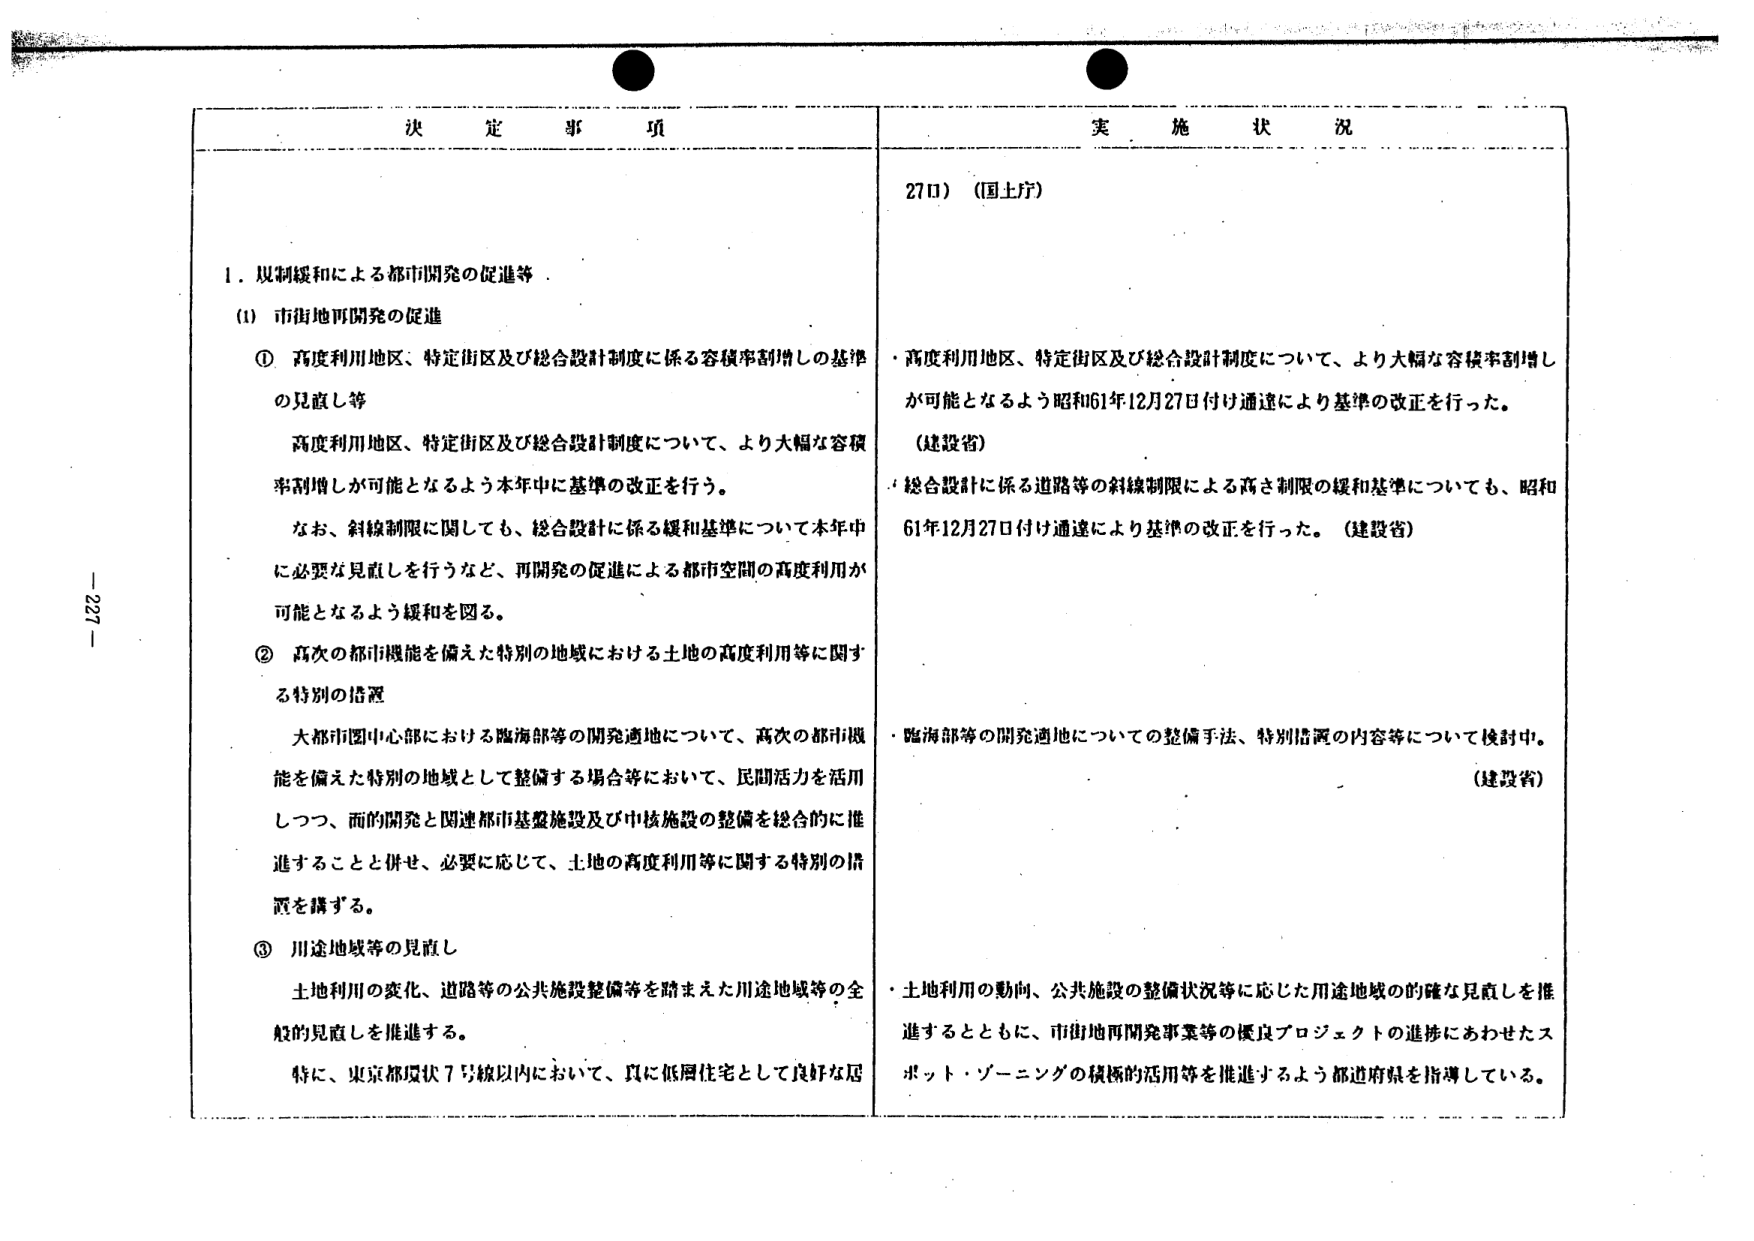
決 定 事 項

1. 規制緩和による都市開発の促進等

(1) 市街地再開発の促進

① 高度利用地区、特定街区及び総合設計制度に係る容積率割増しの基準の見直し等

高度利用地区、特定街区及び総合設計制度について、より大幅な容積率割増しが可能となるよう本年中に基準の改正を行う。

なお、斜線制限に関しても、総合設計に係る緩和基準について本年中に必要な見直しを行うなど、再開発の促進による都市空間の高度利用が可能となるよう緩和を図る。

② 高次の都市機能を備えた特別の地域における土地の高度利用等に関する特別の措置

大都市圏中心部における臨海部等の開発適地について、高次の都市機能を備えた特別の地域として整備する場合等において、民間活力を活用しつつ、両的開発と関連都市基盤施設及び中核施設の整備を総合的に推進することと併せ、必要に応じて、土地の高度利用等に関する特別の措置を講ずる。

③ 川途地域等の見直し

土地利用の変化、道路等の公共施設整備等を踏まえた川途地域等の全般的見直しを推進する。

特に、東京都環状7号線以内において、真に低層住宅として良好な居

実 施 状 況

27日）（国土庁）

・高度利用地区、特定街区及び総合設計制度について、より大幅な容積率割増しが可能となるよう昭和61年12月27日付け通達により基準の改正を行った。（建設省）

・総合設計に係る道路等の斜線制限による高さ制限の緩和基準についても、昭和61年12月27日付け通達により基準の改正を行った。（建設省）

・臨海部等の開発適地についての整備手法、特別措置の内容等について検討中。（建設省）

・土地利用の動向、公共施設の整備状況等に応じた用途地域の的確な見直しを推進するとともに、市街地再開発事業等の優良プロジェクトの進捗にあわせたスポット・ゾーニングの積極的活用等を推進するよう都道府県を指導している。

- 227 -